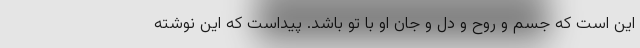
این است که جسم و روح و دل و جان او با تو باشد. پیداست که این نوشته